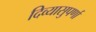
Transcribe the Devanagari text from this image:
दिव्यासुपर्णा